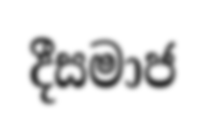
දීසමාජ